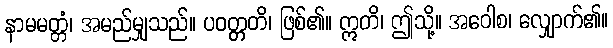
နာမမတ္တံ၊ အမည်မျှသည်။ ပဝတ္တတိ၊ ဖြစ်၏။ ဣတိ၊ ဤသို့။ အဝေါစ၊ လျှောက်၏။